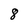
Character: 8